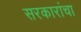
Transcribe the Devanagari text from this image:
सरकारांचा